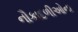
નૌકાદળીઓના